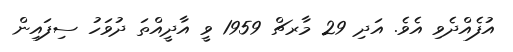
އުފެއްދެވި އެވެ. އަދި 29 މާރޗް 1959 ވީ އާދީއްތަ ދުވަހު ސިފައިން